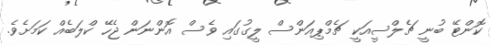
ކޮންޓޭ ބުނީ ޗެލްސީއަކީ ޗެމްޕިއަންސް ލީގުގައި ވެސް އޮންނަން ޖެހޭ ކްލަބެއް ކަމަށެވެ.